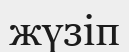
жүзіп